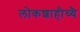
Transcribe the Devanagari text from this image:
लोकशाहीच्यै